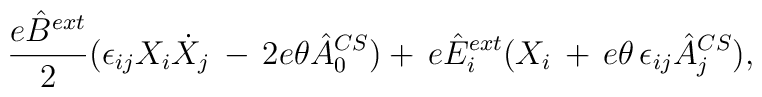
\frac{e\hat B\sp{ext}}{2}(\epsilon_{ij}X_i\dot X_j \,  -\, 2e\theta \hat A_0\sp{CS})+\, e \hat E_i\sp{ext}(X_i\,  +\, e\theta\,\epsilon_{ij}\hat A_j\sp{CS}),